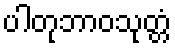
ပါတုဘာဝသုတ္တံ